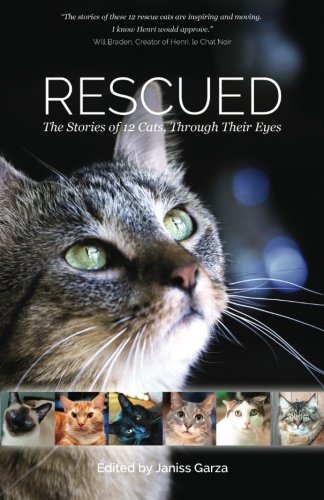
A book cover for Rescued: The Stories of 12 Cats, Through Their Eyes; Liz Mugavero; Literature & Fiction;